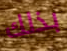
بذلك